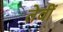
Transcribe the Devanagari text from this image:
तेवीं